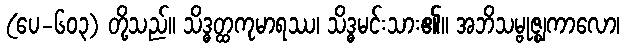
(ပေ-၆၀၃) တို့သည်။ သိဒ္ဓတ္ထကုမာရဿ၊ သိဒ္ဓမင်းသား၏။ အဘိသမ္ဗုဇ္ဈကာလော၊